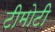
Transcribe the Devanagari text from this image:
टीमोटी